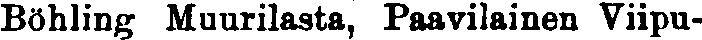
Böhling Muurilasta, Paavilainen Viipu-